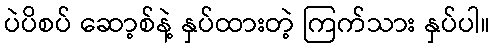
ပဲပိစပ် ဆော့စ်နဲ့ နှပ်ထားတဲ့ ကြက်သား နှပ်ပါ။